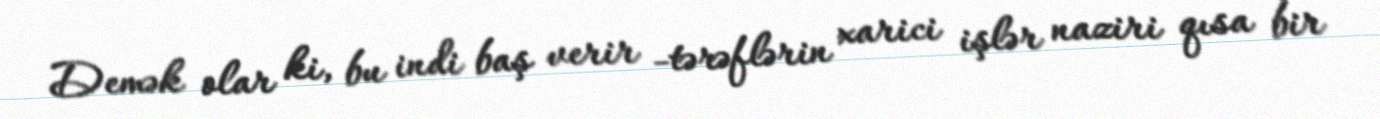
Demək olar ki, bu indi baş verir -tərəflərin xarici işlər naziri qısa bir